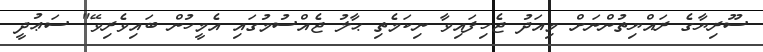
ސޫރިޔާގެ ރައްޔިތުންނަށް މިއަދު ޖެހިފައިވާ ނިކަމެތި ޙާލު ޖެއްސުމުގައި އެމީހުން ބައިވެރިވޭ" ސަޢުދީ